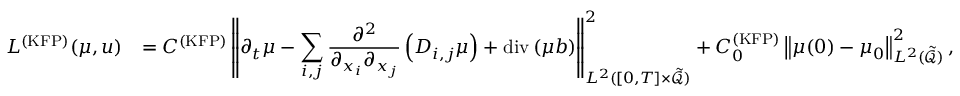
\begin{array} { r l } { L ^ { \mathrm { ( K F P ) } } ( \mu , u ) } & { = C ^ { \mathrm { ( K F P ) } } \left\| \displaystyle \partial _ { t } \mu - \sum _ { i , j } \frac { \partial ^ { 2 } } { \partial _ { x _ { i } } \partial _ { x _ { j } } } \left( D _ { i , j } \mu \right) + \mathrm { d i v } \left( \mu b \right) \right\| _ { L ^ { 2 } ( [ 0 , T ] \times \tilde { \mathcal { Q } } ) } ^ { 2 } + C _ { 0 } ^ { \mathrm { ( K F P ) } } \left\| \mu ( 0 ) - \mu _ { 0 } \right\| _ { L ^ { 2 } ( \tilde { \mathcal { Q } } ) } ^ { 2 } , } \end{array}